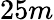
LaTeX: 25m